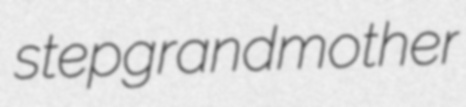
stepgrandmother